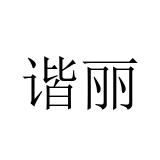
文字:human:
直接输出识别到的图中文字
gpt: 谐丽